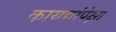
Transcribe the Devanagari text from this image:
कायद्यांपेक्षा